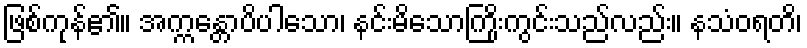
ဖြစ်ကုန်၏။ အက္ကန္တောပိပါသော၊ နင်းမိသောကြိုးကွင်းသည်လည်း။ နသံဝရတိ၊